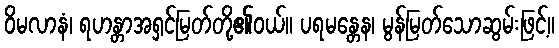
ဝိမလာနံ၊ ရဟန္တာအရှင်မြတ်တို့၏ဝယ်။ ပရမန္တေန၊ မွန်မြတ်သောဆွမ်းဖြင့်။